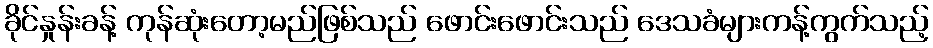
ခိုင်နှုန်းခန့် ကုန်ဆုံးတော့မည်ဖြစ်သည် ဖောင်းဖောင်းသည် ဒေသခံများကန့်ကွက်သည့်